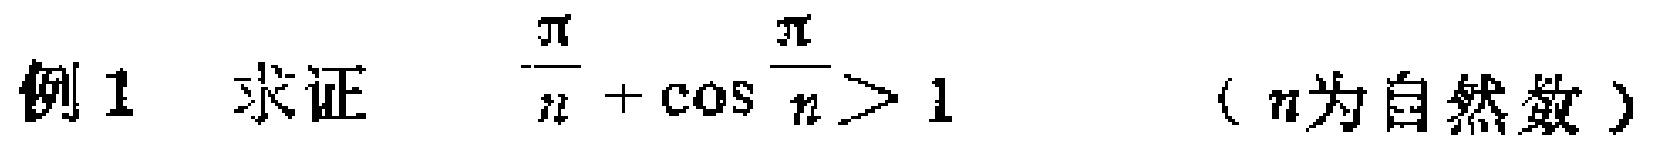
例 1  求证 $\frac{\pi}{n}+\cos\frac{\pi}{n}>1$ （$n$为自然数）